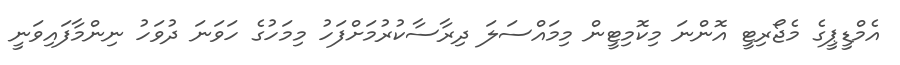
އެމްޑީޕީގެ މެޖޯރިޓީ އޮންނަ މިކޮމިޓީން މިމައްސަލަ ދިރާސާކުރުމަށްފަހު މިމަހުގެ ހަވަނަ ދުވަހު ނިންމާފައިވަނީ